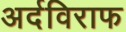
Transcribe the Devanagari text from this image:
अर्दविराफ